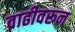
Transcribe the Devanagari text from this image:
वाढीवरून